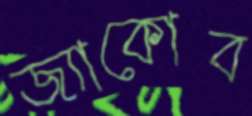
জ্যাকোব